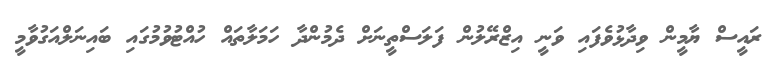
ރައީސް ޔާމީން ވިދާޅުވެފައި ވަނީ އިޒްރޭލުން ފަލަސްތީނަށް ދެމުންދާ ހަމަލާތައް ހުއްޓުވުމުގައި ބައިނަލްއަގުވާމީ